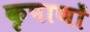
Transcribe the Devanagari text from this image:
कृपाणों